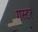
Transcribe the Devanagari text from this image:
गस्टर